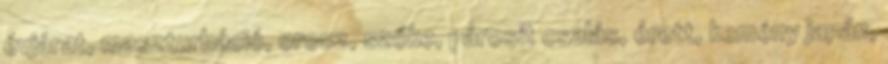
évjárat, maszturbáció, orosz, szőke, párosít csalás, érett, kemény japán,